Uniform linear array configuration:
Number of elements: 12
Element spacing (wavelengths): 0.5
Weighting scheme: blackman
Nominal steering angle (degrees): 30
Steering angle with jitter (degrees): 29.144
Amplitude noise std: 0.05
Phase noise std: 0.05

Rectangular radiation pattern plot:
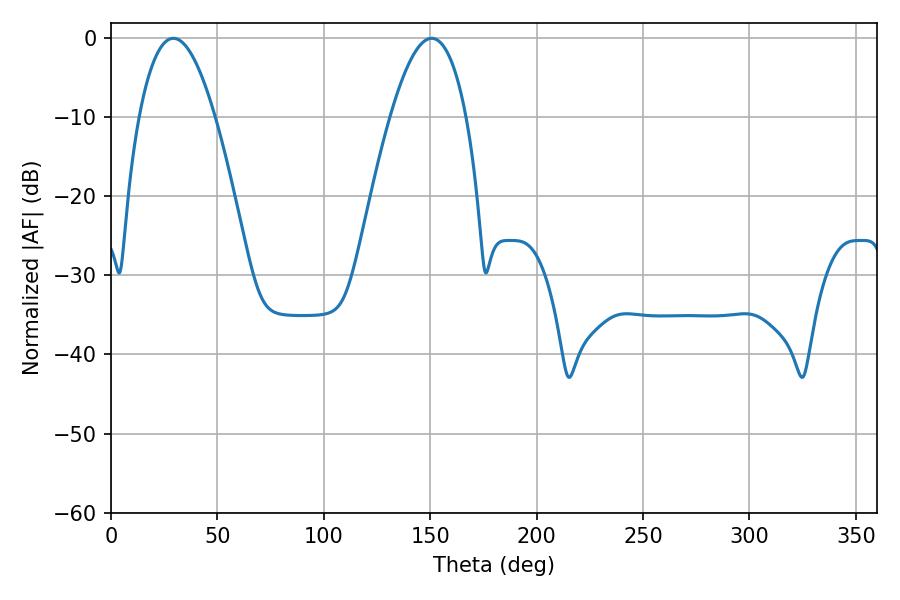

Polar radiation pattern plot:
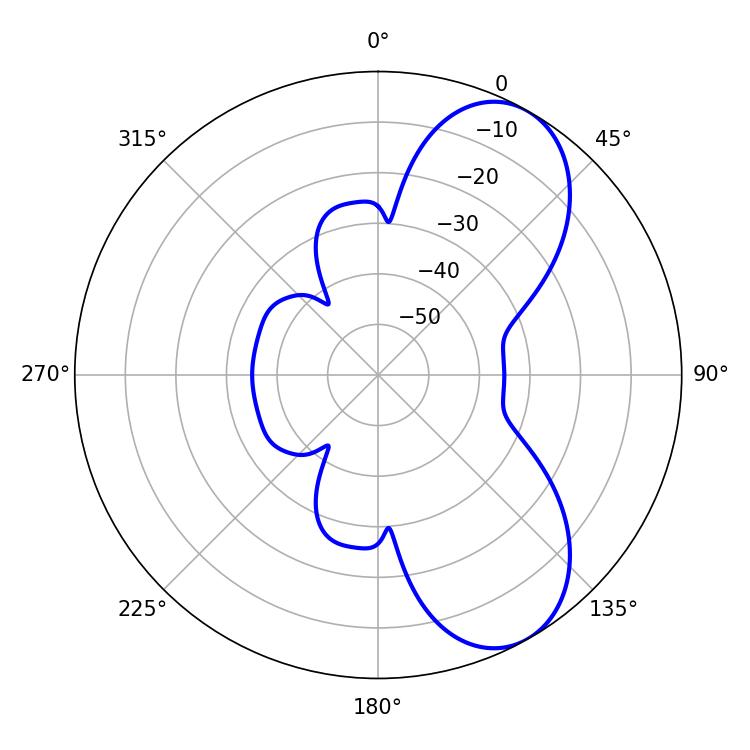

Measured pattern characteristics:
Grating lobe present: FALSE
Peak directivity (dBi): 7.362
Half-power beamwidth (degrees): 19.62
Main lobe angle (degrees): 29.34